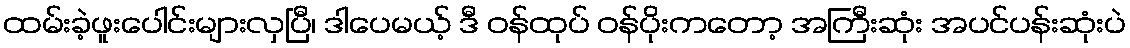
ထမ်းခဲ့ဖူးပေါင်းများလှပြီ၊ ဒါပေမယ့် ဒီ ဝန်ထုပ် ဝန်ပိုးကတော့ အကြီးဆုံး အပင်ပန်းဆုံးပဲ